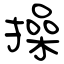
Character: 操